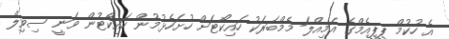
އެ ހުކުމް ޕީޕީއެމްގެ އަމިއްލަ މެމްބަރަކު ހައިކޯޓަށް ހުށަހެޅުމުން ހައިކޯޓުން ވަނީ ސިވިލް